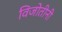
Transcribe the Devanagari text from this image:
विजोतीनी